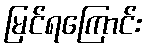
မြင်ရကြောင်း